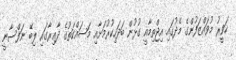
ހަވީރު މުވައްޒަފުންގެ މެދުގައި އިޖްތިމާއީ ގުޅުން ބަދަހިކުރުމަށާއި މަސައްކަތުގެ ދާޢިރާގައި ލިބޭ ނަފްސާނީ